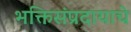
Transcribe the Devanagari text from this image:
भक्तिसंप्रदायाचे